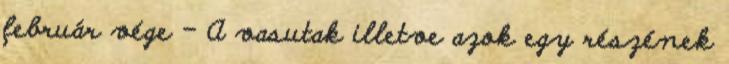
február vége – A vasutak illetve azok egy részének